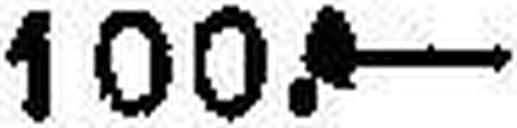
100.—